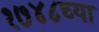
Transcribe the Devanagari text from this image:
१७४८च्या